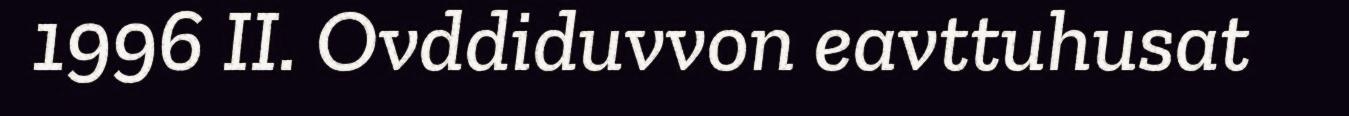
1996 II. Ovddiduvvon eavttuhusat